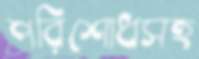
পরিশোধসহ